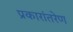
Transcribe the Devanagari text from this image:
प्रकारांतरेण